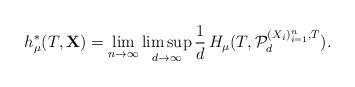
LaTeX: \begin{align*} h^\ast_\mu(T,{\bf X})= \lim_{n\to\infty}\limsup_{d\to\infty} \frac{1}{d}\,H_\mu(T,\mathcal{P}_d^{(X_i)_{i=1}^n,T}).\end{align*}